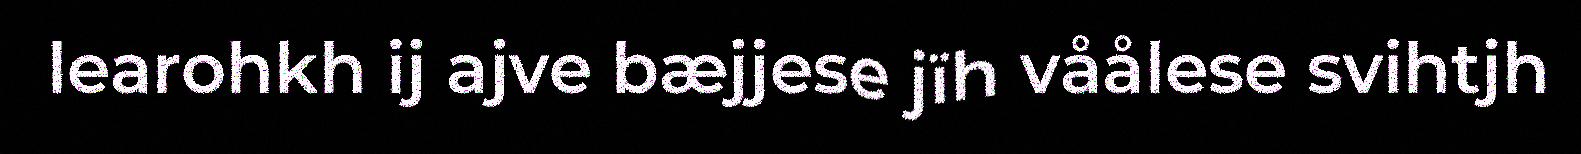
learohkh ij ajve bæjjese jïh våålese svihtjh